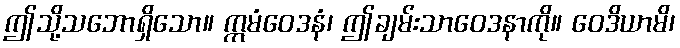
ဤသို့သဘောရှိသော။ ဣမံဝေဒနံ၊ ဤချမ်းသာဝေဒနာကို။ ဝေဒိယာမိ၊